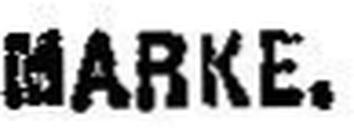
MARKE.